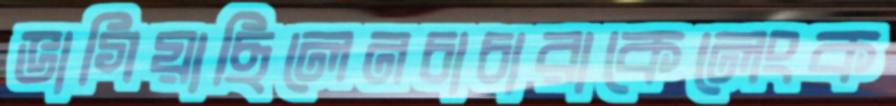
ভাগিয়াছিলেনচাচারাকেলেংক